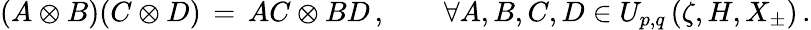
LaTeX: (A\otimes B)(C\otimes D)\, =\, AC\otimes BD\, ,\qquad\forall A,B,C,D\in U_{p,q}\left(\zeta,H,X_{\pm}\right)\, .